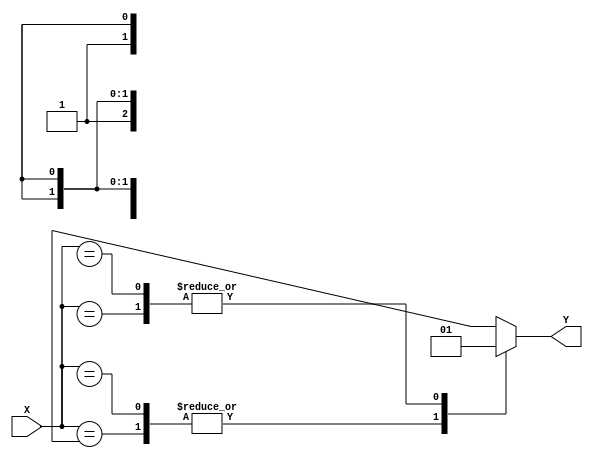
module case_statement(
    input wire [3:0] X,
    output wire Y
);

reg Y;

always @(*) begin
    case(X)
        4'b000X: Y = 1'b0;
        4'b001X: Y = 1'b1;
        4'b01XX: Y = 1'b0;
        4'b1XXX: Y = 1'b1;
        default: Y = 1'b0;
    endcase
end

endmodule